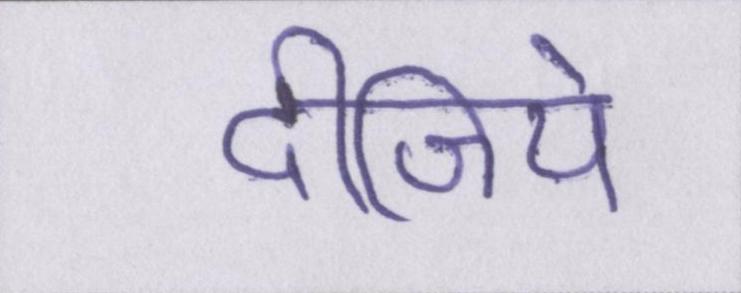
दीजिये